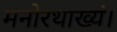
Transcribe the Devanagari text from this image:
मनोरथाख्यं।